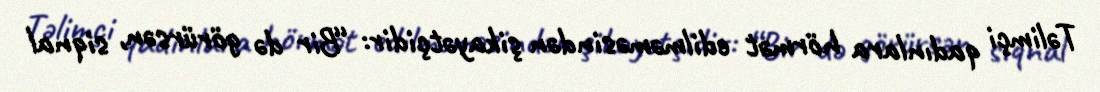
Təlimçi qadınlara hörmət edilməməsindən şikayətçidir: “Bir də görürsən, siqnal